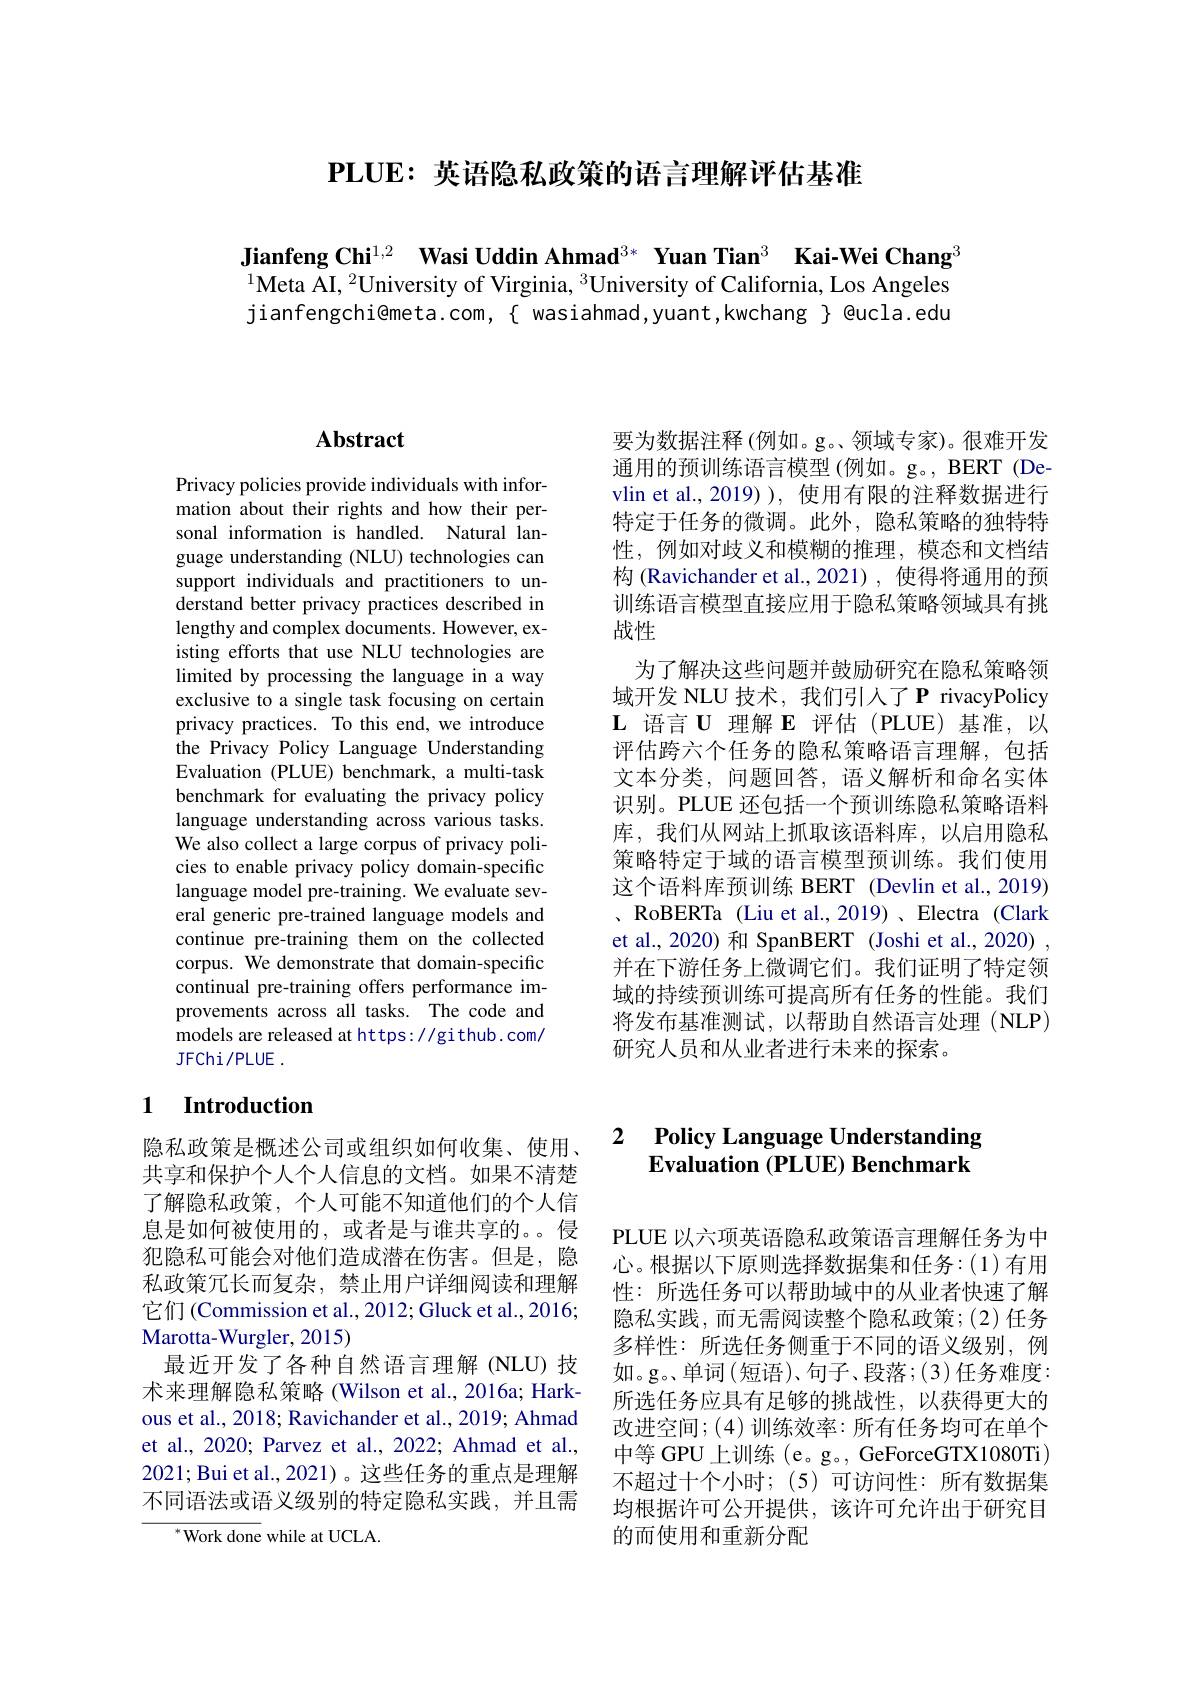
$\textbf{PLUE: 英 语 隐 私 政 策 的 语 言 理 解 评 估 基 准 }$

Jianfeng Chi$^{1,2}$ Wasi Uddin Ahmad$^{3*}$ Yuan Tian$^{3}$ Kai-Wei Chang$^{\textcircled{\text{s}}}$

$^{1}\bar{\text{Meta AI, }}^{2}$University of Virginia, $^3$University of California, Los Angeles jianfengchi@meta.com,{ wasiahmad,yuant,kwchang{ Qucla.edu

# Abstract

Privacy policies provide individuals with information about their rights and how their personal information is handled. Natural language understanding (NLU) technologies can support individuals and practitioners to understand better privacy practices described in lengthy and complex documents. However, existing efforts that use NLU technologies are limited by processing the language in a way exclusive to a single task focusing on certain privacy practices. To this end, we introduce the Privacy Policy Language Understanding Evaluation (PLUE) benchmark, a multi-task benchmark for evaluating the privacy policy language understanding across various tasks. We also collect a large corpus of privacy policies to enable privacy policy domain-specific language model pre-training. We evaluate several generic pre-trained language models and continue pre-training them on the collected corpus. We demonstrate that domain-specific continual pre-training offers performance improvements across all tasks. The code and models are released at https://gi thub. com/ JFChi/ PLUE .

### 1 $\textbf{Introduction}$

隐私政策是概述公司或组织如何收集、使用、 共享和保护个人个人信息的文档。如果不清楚了解隐私政策，个人可能不知道他们的个人信息是如何被使用的，或者是与谁共享的。侵犯隐私可能会对他们造成潜在伤害。但是，隐私政策冗长而复杂，禁止用户详细阅读和理解它们(Commission et al., 2012; Gluck et al., 2016; Marotta-Wurgler, 2015)
最近开发了各种自然语言理解(NLU)技术来理解隐私策略 (Wilson et al., 2016a; Harkous et al., 2018; Ravichander et al., 2019; Ahmad et al., 2020; Parvez et al., 2022; Ahmad et al., 2021;Bui et al., 2021)。这些任务的重点是理解不同语法或语义级别的特定隐私实践，并且需
$^{*}$Work done while at UCLA.

要为数据注释(例如。g。领域专家)。很难开发通用的预训练语言模型(例如。g。, BERT(De-) vlin et al.,2019) ), 使用有限的注释数据进行特定于任务的微调。此外，隐私策略的独特特性，例如对歧义和模糊的推理，模态和文档结构 (Ravichander et al.,2021), 使得将通用的预训练语言模型直接应用于隐私策略领域具有挑战性
为了解决这些问题并鼓励研究在隐私策略领域开发 NLU 技术，我们引人了 P rivacyPolicy $\mathbf{L}$语言$\mathbf{U}$理解 E 评估(PLUE)基准，以评估跨六个任务的隐私策略语言理解，包括文本分类，问题回答，语义解析和命名实体识别。PLUE 还包括一个预训练隐私策略语料库，我们从网站上抓取该语料库，以启用隐私策略特定于域的语言模型预训练。我们使用这个语料库预训练 BERT (Devlin et al., 2019) 、RoBERTa (Liu et al., 2019)、Electra (Clark et al., 2020) 和 SpanBERT (Joshi et al., 2020) 并在下游任务上微调它们。我们证明了特定领域的持续预训练可提高所有任务的性能。我们将发布基准测试，以帮助自然语言处理(NLP) 研究人员和从业者进行未来的探索。

### 2 $\textbf{Policy Language Understanding}$ $\textbf{Evaluation ( PLUE) Benchmark}$

PLUE 以六项英语隐私政策语言理解任务为中心。根据以下原则选择数据集和任务：(1)有用性：所选任务可以帮助域中的从业者快速了解隐私实践，而无需阅读整个隐私政策；(2)任务多样性：所选任务侧重于不同的语义级别，例如。g。单词(短语)、句子、段落；(3)任务难度： 所选任务应具有足够的挑战性，以获得更大的改进空间；(4)训练效率：所有任务均可在单个中等 GPU 上训练 (e。g。, GeForceGTX1080Ti) 不超过十个小时；(5)可访问性：所有数据集均根据许可公开提供，该许可允许出于研究目的而使用和重新分配